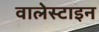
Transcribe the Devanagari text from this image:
वालेस्टाइन